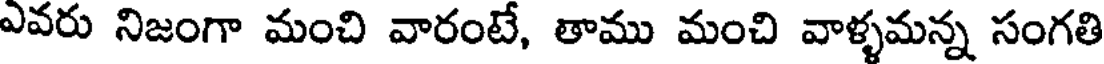
ఎవరు నిజంగా మంచి వారంటే, తాము మంచి వాళ్ళమన్న సంగతి